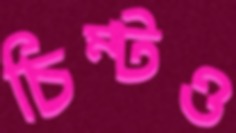
চিম্‌টও